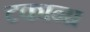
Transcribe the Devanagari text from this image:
टकाना